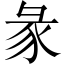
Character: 彖